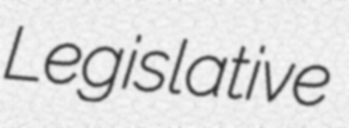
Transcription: Legislative